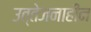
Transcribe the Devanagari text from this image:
उत्तेजनाहीन